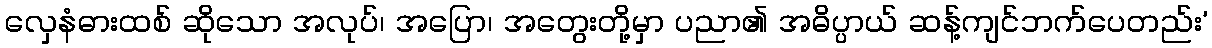
လှေနံဓားထစ် ဆိုသော အလုပ်၊ အပြော၊ အတွေးတို့မှာ ပညာ၏ အဓိပ္ပာယ် ဆန့်ကျင်ဘက်ပေတည်း’